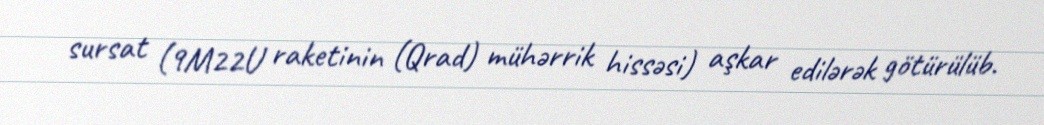
sursat (9M22U raketinin (Qrad) mühərrik hissəsi) aşkar edilərək götürülüb.